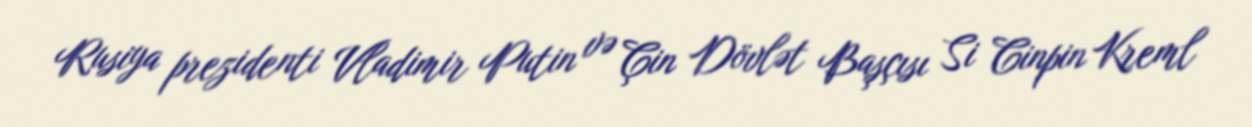
Rusiya prezidenti Vladimir Putin və Çin Dövlət Başçısı Si Cinpin Kreml